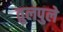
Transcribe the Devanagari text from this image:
तुलपुले